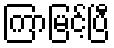
ကြာမြင့်ပြီ